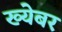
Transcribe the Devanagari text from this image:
ख्येबर